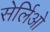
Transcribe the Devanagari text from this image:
सेर्लिओ